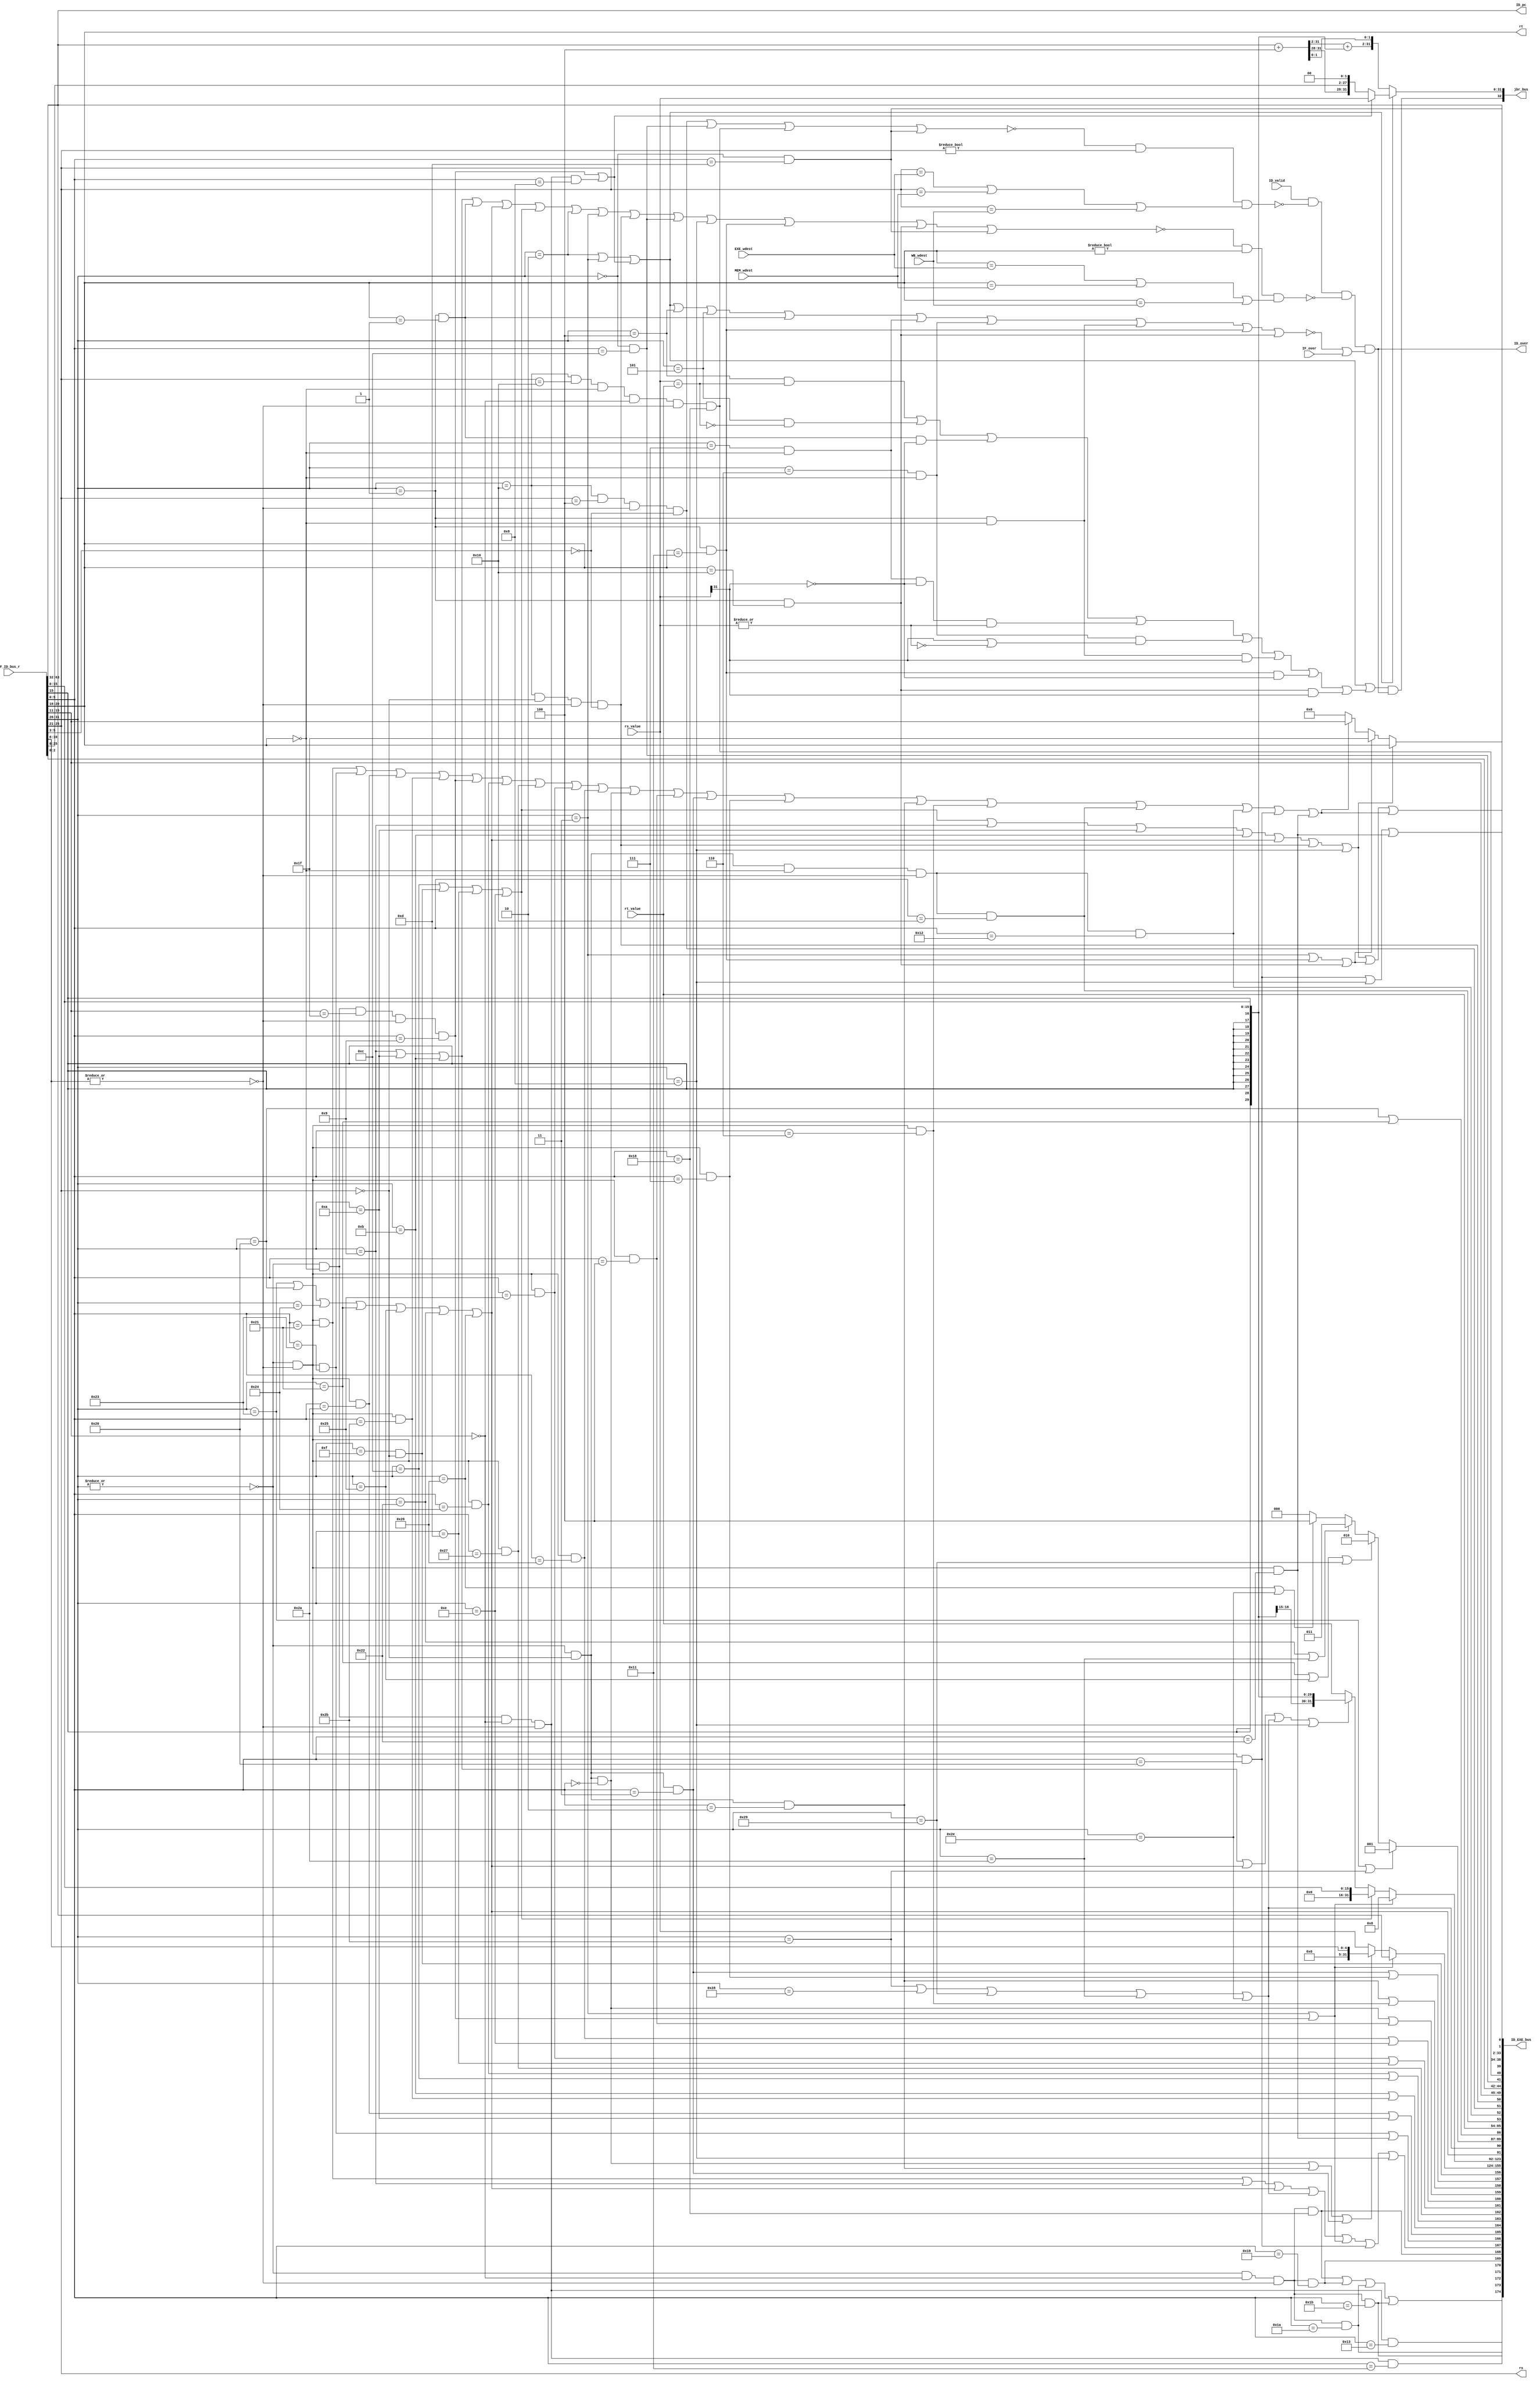
`timescale 1ns / 1ps
//*************************************************************************
//   > : decode.v
//   >   :CPU
//*************************************************************************
module decode(                      // 
    input              ID_valid,    // 
    input      [ 63:0] IF_ID_bus_r, // IF->ID
    input      [ 31:0] rs_value,    // 
    input      [ 31:0] rt_value,    // 
    output     [  4:0] rs,          //  
    output     [  4:0] rt,          // 
    output     [ 32:0] jbr_bus,     // 
//  output             inst_jbr,    // ,
    output             ID_over,     // ID
    output     [174:0] ID_EXE_bus,  // ID->EXE
    
    //5
    input              IF_over,     //
    input      [  4:0] EXE_wdest,   // EXE
    input      [  4:0] MEM_wdest,   // MEM
    input      [  4:0] WB_wdest,    // WB
    
    //PC
    output     [ 31:0] ID_pc
);
//-----{IF->ID}begin
    wire [31:0] pc;
    wire [31:0] inst;
    assign {pc, inst} = IF_ID_bus_r;  // IF->IDPC
//-----{IF->ID}end

//-----{}begin
    wire [5:0] op;       
    wire [4:0] rd;       
    wire [4:0] sa;      
    wire [5:0] funct;    
    wire [15:0] imm;     
    wire [15:0] offset;  
    wire [25:0] target;  
    wire [2:0] cp0r_sel;

    assign op     = inst[31:26];  // 
    assign rs     = inst[25:21];  // 1
    assign rt     = inst[20:16];  // 2
    assign rd     = inst[15:11];  // 
    assign sa     = inst[10:6];   // 
    assign funct  = inst[5:0];    // 
    assign imm    = inst[15:0];   // 
    assign offset = inst[15:0];   // 
    assign target = inst[25:0];   // 
    assign cp0r_sel= inst[2:0];   // cp0select

    // 
    wire inst_ADDU, inst_SUBU , inst_SLT , inst_AND;
    wire inst_NOR , inst_OR   , inst_XOR , inst_SLL;
    wire inst_SRL , inst_ADDIU, inst_BEQ , inst_BNE;
    wire inst_LW  , inst_SW   , inst_LUI , inst_J;
    wire inst_SLTU, inst_JALR , inst_JR  , inst_SLLV;
    wire inst_SRA , inst_SRAV , inst_SRLV, inst_SLTIU;
    wire inst_SLTI, inst_BGEZ , inst_BGTZ, inst_BLEZ;
    wire inst_BLTZ, inst_LB   , inst_LBU , inst_SB;
    wire inst_ANDI, inst_ORI  , inst_XORI, inst_JAL;
    wire inst_MULT, inst_MFLO , inst_MFHI, inst_MTLO;
    wire inst_MTHI, inst_MFC0 , inst_MTC0;
    wire inst_ERET, inst_SYSCALL;
    wire inst_ADD , inst_ADDI , inst_SUB ;              // 16
    wire inst_DIV , inst_DIVU , inst_MULTU,inst_BGEZAL;
    wire inst_BLTZAL,inst_LH  , inst_LHU , inst_LWL;
    wire inst_LWR , inst_SH   , inst_SWL , inst_SWR;
    wire inst_BREAK;

    wire op_zero;  // 0
    wire sa_zero;  // sa0
    assign op_zero = ~(|op);
    assign sa_zero = ~(|sa);
    assign inst_ADDU  = op_zero & sa_zero    & (funct == 6'b100001);//
    assign inst_SUBU  = op_zero & sa_zero    & (funct == 6'b100011);//
    assign inst_SLT   = op_zero & sa_zero    & (funct == 6'b101010);//
    assign inst_SLTU  = op_zero & sa_zero    & (funct == 6'b101011);//
    assign inst_JALR  = op_zero & (rt==5'd0) & (rd==5'd31)
                      & sa_zero & (funct == 6'b001001);         //
    assign inst_JR    = op_zero & (rt==5'd0) & (rd==5'd0 )
                      & sa_zero & (funct == 6'b001000);             //
    assign inst_AND   = op_zero & sa_zero    & (funct == 6'b100100);//
    assign inst_NOR   = op_zero & sa_zero    & (funct == 6'b100111);//
    assign inst_OR    = op_zero & sa_zero    & (funct == 6'b100101);//
    assign inst_XOR   = op_zero & sa_zero    & (funct == 6'b100110);//
    assign inst_SLL   = op_zero & (rs==5'd0) & (funct == 6'b000000);//
    assign inst_SLLV  = op_zero & sa_zero    & (funct == 6'b000100);//
    assign inst_SRA   = op_zero & (rs==5'd0) & (funct == 6'b000011);//
    assign inst_SRAV  = op_zero & sa_zero    & (funct == 6'b000111);//
    assign inst_SRL   = op_zero & (rs==5'd0) & (funct == 6'b000010);//
    assign inst_SRLV  = op_zero & sa_zero    & (funct == 6'b000110);//
    assign inst_MULT  = op_zero & (rd==5'd0)
                      & sa_zero & (funct == 6'b011000);             //
    assign inst_MFLO  = op_zero & (rs==5'd0) & (rt==5'd0)
                      & sa_zero & (funct == 6'b010010);             //LO
    assign inst_MFHI  = op_zero & (rs==5'd0) & (rt==5'd0)
                      & sa_zero & (funct == 6'b010000);             //HI
    assign inst_MTLO  = op_zero & (rt==5'd0) & (rd==5'd0)
                      & sa_zero & (funct == 6'b010011);             //LO
    assign inst_MTHI  = op_zero & (rt==5'd0) & (rd==5'd0)
                      & sa_zero & (funct == 6'b010001);             //HI
    assign inst_ADDIU = (op == 6'b001001);             //
    assign inst_SLTI  = (op == 6'b001010);             //
    assign inst_SLTIU = (op == 6'b001011);             //
    assign inst_BEQ   = (op == 6'b000100);             //
    assign inst_BGEZ  = (op == 6'b000001) & (rt==5'd1);//0
    assign inst_BGTZ  = (op == 6'b000111) & (rt==5'd0);//0
    assign inst_BLEZ  = (op == 6'b000110) & (rt==5'd0);//0
    assign inst_BLTZ  = (op == 6'b000001) & (rt==5'd0);//0
    assign inst_BNE   = (op == 6'b000101);             //
    assign inst_LW    = (op == 6'b100011);             //
    assign inst_SW    = (op == 6'b101011);             //
    assign inst_LB    = (op == 6'b100000);             //load
    assign inst_LBU   = (op == 6'b100100);             //load
    assign inst_SB    = (op == 6'b101000);             //
    assign inst_ANDI  = (op == 6'b001100);             //
    assign inst_LUI   = (op == 6'b001111) & (rs==5'd0);//
    assign inst_ORI   = (op == 6'b001101);             //
    assign inst_XORI  = (op == 6'b001110);             //
    assign inst_J     = (op == 6'b000010);             //
    assign inst_JAL   = (op == 6'b000011);             //
    assign inst_MFC0    = (op == 6'b010000) & (rs==5'd0) 
                        & sa_zero & (funct[5:3] == 3'b000); // cp0
    assign inst_MTC0    = (op == 6'b010000) & (rs==5'd4)
                        & sa_zero & (funct[5:3] == 3'b000); // cp0
    assign inst_SYSCALL = (op == 6'b000000) & (funct == 6'b001100); // 
    assign inst_ERET    = (op == 6'b010000) & (rs==5'd16) & (rt==5'd0)
                        & (rd==5'd0) & sa_zero & (funct == 6'b011000);//
    
    assign inst_ADD  = op_zero & sa_zero & (funct == 6'b100000);    // 
    assign inst_ADDI = (op == 6'b001000);                           // 
    assign inst_SUB  = op_zero & sa_zero & (funct == 6'b100010);    // 
    assign inst_DIV  = op_zero & (rd==5'd0)
                       & sa_zero & (funct == 6'b011010);            // 
    assign inst_DIVU = op_zero & (rd==5'd0)
                       & sa_zero & (funct == 6'b011011);            // 
    assign inst_MULTU= op_zero & (rd==5'd0)                         // 
                       & sa_zero & (funct == 6'b011001);
    assign inst_BGEZAL= (op == 6'b000001) & (rt == 5'b10001);   //  0 
    assign inst_BLTZAL= (op == 6'b000001) & (rt == 5'b10000);   //  0 
    assign inst_LH  = (op == 6'b100001);                        // 
    assign inst_LHU = (op == 6'b100101);                        // 
    assign inst_LWL = (op == 6'b100010);                        // 
    assign inst_LWR = (op == 6'b100110);                        // 
    assign inst_SH  = (op == 6'b101001);                        // 
    assign inst_SWL = (op == 6'b101010);                        // 
    assign inst_SWR = (op == 6'b101110);                        // 
    assign inst_BREAK=(op == 6'b000000) & (funct == 6'b001101) ;// (cp0)


    //
    wire inst_jr;    //
    wire inst_j_link;//
    wire inst_jbr;   //
    assign inst_jr     = inst_JALR | inst_JR;
    assign inst_j_link = inst_JAL | inst_JALR;
    assign inst_jbr = inst_J    | inst_JAL  | inst_jr
                    | inst_BEQ  | inst_BNE  | inst_BGEZ
                    | inst_BGTZ | inst_BLEZ | inst_BLTZ
                    | inst_BGEZAL | inst_BLTZAL;
        
    //load store
    wire inst_load;
    wire inst_store;
    assign inst_load  = inst_LW | inst_LB | inst_LBU
                        | inst_LH | inst_LHU | inst_LWL | inst_LWR;  // load
    assign inst_store = inst_SW | inst_SB
                        | inst_SH | inst_SWL | inst_SWR;             // store
    
    //alu
    wire inst_add, inst_sub, inst_slt,inst_sltu;
    wire inst_and, inst_nor, inst_or, inst_xor;
    wire inst_sll, inst_srl, inst_sra,inst_lui;
    assign inst_add = inst_ADDU | inst_ADDIU | inst_load
                    | inst_store | inst_j_link
                    | inst_ADD |inst_ADDI;                 // 
    assign inst_sub = inst_SUBU | inst_SUB;                // 
    assign inst_slt = inst_SLT | inst_SLTI;                // 
    assign inst_sltu= inst_SLTIU | inst_SLTU;              // 
    assign inst_and = inst_AND | inst_ANDI;                // 
    assign inst_nor = inst_NOR;                            // 
    assign inst_or  = inst_OR  | inst_ORI;                 // 
    assign inst_xor = inst_XOR | inst_XORI;                // 
    assign inst_sll = inst_SLL | inst_SLLV;                // 
    assign inst_srl = inst_SRL | inst_SRLV;                // 
    assign inst_sra = inst_SRA | inst_SRAV;                // 
    assign inst_lui = inst_LUI;                            // 
    assign inst_mult= inst_MULT;
    assign inst_multu=inst_MULTU;
    assign inst_div = inst_DIV;
    assign inst_divu= inst_DIVU;

    wire can_ov;                                           // 
    assign can_ov = inst_ADD | inst_ADDI | inst_SUB;
    
    //sa
    wire inst_shf_sa;
    assign inst_shf_sa =  inst_SLL | inst_SRL | inst_SRA;
    
    //
    wire inst_imm_zero; //0
    wire inst_imm_sign; //
    assign inst_imm_zero = inst_ANDI  | inst_LUI  | inst_ORI | inst_XORI;
    assign inst_imm_sign = inst_ADDIU | inst_SLTI | inst_SLTIU
                         | inst_load | inst_store | inst_ADDI;
    
    //
    wire inst_wdest_rt;  // rt
    wire inst_wdest_31;  // 31
    wire inst_wdest_rd;  // rd
    assign inst_wdest_rt = inst_imm_zero | inst_ADDIU | inst_SLTI
                         | inst_SLTIU | inst_load | inst_MFC0 |inst_ADDI;
    assign inst_wdest_31 = inst_JAL  | inst_BGEZAL | inst_BLTZAL;
    assign inst_wdest_rd = inst_ADDU | inst_SUBU | inst_SLT  | inst_SLTU
                         | inst_JALR | inst_AND  | inst_NOR  | inst_OR 
                         | inst_XOR  | inst_SLL  | inst_SLLV | inst_SRA 
                         | inst_SRAV | inst_SRL  | inst_SRLV
                         | inst_MFHI | inst_MFLO | inst_ADD | inst_SUB;
                         
    //
    wire inst_no_rs;  //rs0rs
    wire inst_no_rt;  //rt0rt
    assign inst_no_rs = inst_MTC0 | inst_SYSCALL | inst_ERET
                      | inst_BREAK;
    assign inst_no_rt = inst_ADDIU | inst_SLTI | inst_SLTIU
                      | inst_BGEZ  | inst_load | inst_imm_zero
                      | inst_J     | inst_JAL  | inst_MFC0
                      | inst_SYSCALL| inst_ADDI | inst_BGEZAL
                      | inst_BLTZAL | inst_BREAK ;                                  
//-----{}end

//-----{}begin
   //bd_pc,PCPC+4
    wire [31:0] bd_pc;   //PC
    assign bd_pc = pc + 3'b100;
    
    //
    wire        j_taken;
    wire [31:0] j_target;
    assign j_taken = inst_J | inst_JAL | inst_jr;
    //rs_value,{bd_pc[31:28],target,2'b00}
    assign j_target = inst_jr ? rs_value : {bd_pc[31:28],target,2'b00};

    //branch
    wire rs_equql_rt;
    wire rs_ez;
    wire rs_ltz;
    assign rs_equql_rt = (rs_value == rt_value);  // GPR[rs]==GPR[rt]
    assign rs_ez       = ~(|rs_value);            // rs0
    assign rs_ltz      = rs_value[31];            // rs0
    wire br_taken;
    wire [31:0] br_target;
    assign br_taken = inst_BEQ  & rs_equql_rt           // 
                    | inst_BNE  & ~rs_equql_rt          // 
                    | inst_BGEZ & ~rs_ltz               // 0
                    | inst_BGTZ & ~rs_ltz & ~rs_ez      // 0
                    | inst_BLEZ & (rs_ltz | rs_ez)      // 0
                    | inst_BLTZ & rs_ltz                // 0
                    | inst_BGEZAL & ~rs_ltz             // 0
                    | inst_BLTZAL & rs_ltz;             // 0
    // PC=PC+offset<<2
    assign br_target[31:2] = bd_pc[31:2] + {{14{offset[15]}}, offset};  
    assign br_target[1:0]  = bd_pc[1:0];
    
    //jump and branch
    wire jbr_taken;
    wire [31:0] jbr_target;
    assign jbr_taken = (j_taken | br_taken) & ID_over; 
    assign jbr_target = j_taken ? j_target : br_target;
    
    //IDIF
    assign jbr_bus = {jbr_taken, jbr_target};
//-----{}end

//-----{ID}begin
    //
    wire rs_wait;
    wire rt_wait;
    assign rs_wait = ~inst_no_rs & (rs!=5'd0)
                   & ( (rs==EXE_wdest) | (rs==MEM_wdest) | (rs==WB_wdest) );
    assign rt_wait = ~inst_no_rt & (rt!=5'd0)
                   & ( (rt==EXE_wdest) | (rt==MEM_wdest) | (rt==WB_wdest) );
    
    //IFID
    //IDIFnext_pcPC
    //IFnext_pcPCjbr_bus
    //
    //(~inst_jbr | IF_over)(~inst_jbr | (inst_jbr & IF_over))
    assign ID_over = ID_valid & ~rs_wait & ~rt_wait & (~inst_jbr | IF_over);
//-----{ID}end

//-----{ID->EXE}begin
    //EXE
    wire mul_or_div;       //
    wire mthi;             //MTHI
    wire mtlo;             //MTLO
    assign mul_or_div = inst_mult |inst_multu| inst_div | inst_divu;
    assign mthi     = inst_MTHI;
    assign mtlo     = inst_MTLO;
    //ALU
    wire [15:0] alu_control;
    wire [31:0] alu_operand1;
    wire [31:0] alu_operand2;
    
    //PC31
    //CPUPC+831
    assign alu_operand1 = inst_j_link ? pc : 
                          inst_shf_sa ? {27'd0,sa} : rs_value;
    assign alu_operand2 = inst_j_link ? 32'd8 :  
                          inst_imm_zero ? {16'd0, imm} :
                          inst_imm_sign ?  {{16{imm[15]}}, imm} : rt_value;
    assign alu_control = {inst_divu,
                          inst_div,
                          inst_multu,
                          inst_mult,
                          inst_add,        // ALU
                          inst_sub,
                          inst_slt,
                          inst_sltu,
                          inst_and,
                          inst_nor,
                          inst_or, 
                          inst_xor,
                          inst_sll,
                          inst_srl,
                          inst_sra,
                          inst_lui};
    //load/store
    wire lb_sign;  // loadload
    wire [2:0]ls_word;  // load/store,0:byte;1:word;2:helf of a word;3:word left;4:word right
    wire [5:0] mem_control;  //MEM
    wire [31:0] store_data;  //store
    assign lb_sign = inst_LB | inst_LH;
    assign ls_word = inst_LW | inst_SW ? 3'd1:
                     inst_LH | inst_LHU | inst_SH ? 3'd2:
                     inst_LWL |inst_SWL ? 3'd3:
                     inst_LWR |inst_SWR ? 3'd4:
                     3'd0;
    assign mem_control = {inst_load,
                          inst_store,
                          ls_word,
                          lb_sign };
                          
    //
    wire mfhi;
    wire mflo;
    wire mtc0;
    wire mfc0;
    wire [7 :0] cp0r_addr;
    wire       syscall;   //syscalleret 
    wire       break;
    wire       eret;
    wire       rf_wen;    //
    wire [4:0] rf_wdest;  //
    assign syscall  = inst_SYSCALL;
    assign break    = inst_BREAK;
    assign eret     = inst_ERET;
    assign mfhi     = inst_MFHI;
    assign mflo     = inst_MFLO;
    assign mtc0     = inst_MTC0;
    assign mfc0     = inst_MFC0;
    assign cp0r_addr= {rd,cp0r_sel};
    assign rf_wen   = inst_wdest_rt | inst_wdest_31 | inst_wdest_rd;
    assign rf_wdest = inst_wdest_rt ? rt :     //0
                      inst_wdest_31 ? 5'd31 :  //
                      inst_wdest_rd ? rd : 5'd0;
    assign store_data = rt_value;
    assign ID_EXE_bus = {mul_or_div,mthi,mtlo,                 //EXE,
                         alu_control,alu_operand1,alu_operand2,//EXE
                         mem_control,store_data,               //MEM
                         mfhi,mflo,                            //WB,
                         mtc0,mfc0,cp0r_addr,syscall,eret,     //WB,
                         rf_wen, rf_wdest,                     //WB
                         pc,                                   //PC
                         break,                                //WB,
                         can_ov};                              //
//-----{ID->EXE}end

//-----{IDPC}begin
    assign ID_pc = pc;
//-----{IDPC}end
endmodule